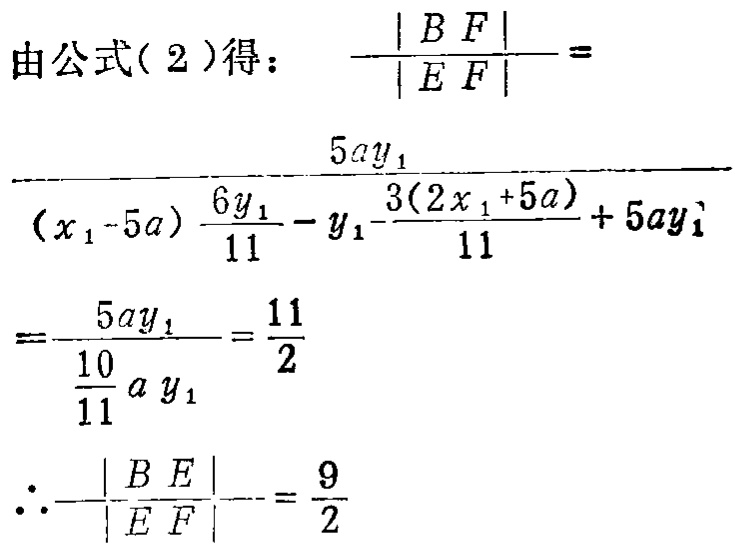
由公式( 2 )得： \(\frac{|BF|}{|EF|}=\)
\(\frac{5ay_{1}}{(x_{1}-5a)\frac{6y_{1}}{11}-y_{1}-\frac{3(2x_{1}+5a)}{11}+5ay_{1}}\)
\(=\frac{5ay_{1}}{\frac{10}{11}ay_{1}}=\frac{11}{2}\)
\(\therefore\frac{|BE|}{|EF|}=\frac{9}{2}\)